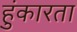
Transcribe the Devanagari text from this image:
हुंकारता